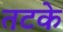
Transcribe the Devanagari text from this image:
तटके